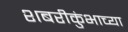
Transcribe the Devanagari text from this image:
शबरीकुंभाच्या